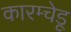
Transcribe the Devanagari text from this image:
कारम्चेडू